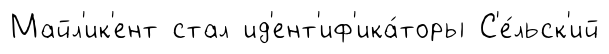
Майл'ик'ент стал ид'ент'иф'ика́торы С'е́льск'ий